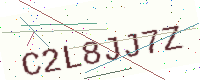
Text: C2L8JJ7Z